Annual report on the health of the army in India
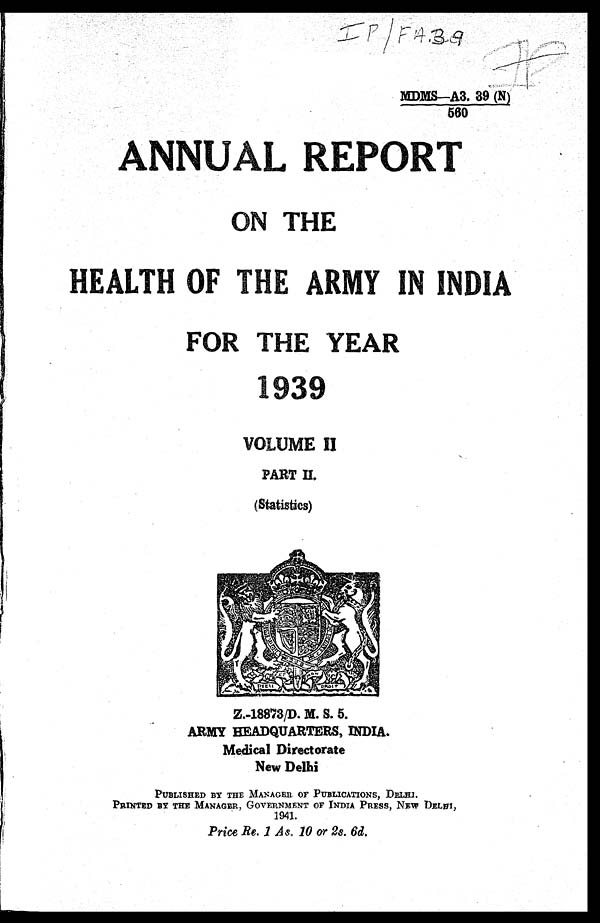
MDMS—A3. 39(N)
560
ANNUAL REPORT
ON THE
HEALTH OF THE ARMY IN INDIA
FOR THE YEAR
1939
VOLUME II
PART II.
(Statistics)
Z.-18873/D. M. S. 5.
ARMY HEADQUARTERS, INDIA.
Medical Directorate
New Delhi
PUBLISHED BY THE MANAGER OF PUBLICATIONS, DELHI.
PRINTED BY THE MANAGER, GOVERNMENT OF INDIA PRESS, NEW DELHI,
1941.
Price Re. 1 As. 10 or 2s. 6d.